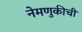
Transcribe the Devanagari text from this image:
नेमणुकीची